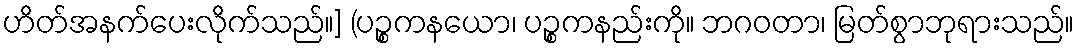
ဟိတ်အနက်ပေးလိုက်သည်။] (ပဉ္စကနယော၊ ပဉ္စကနည်းကို။ ဘဂဝတာ၊ မြတ်စွာဘုရားသည်။